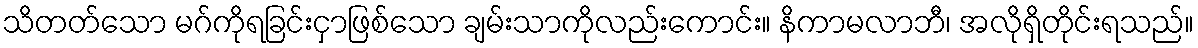
သိတတ်သော မဂ်ကိုရခြင်းငှာဖြစ်သော ချမ်းသာကိုလည်းကောင်း။ နိကာမလာဘီ၊ အလိုရှိတိုင်းရသည်။